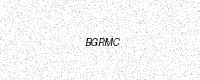
Text: BGRMC